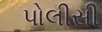
પોલીસી